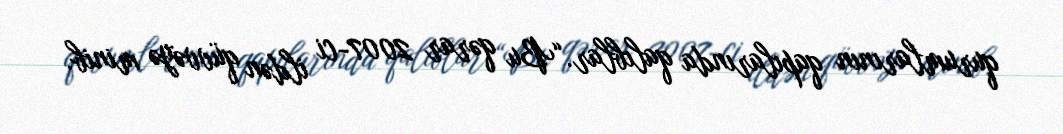
qurumlarının qapılarında qalıblar.“Bu qərar 2007-ci ildən qüvvəyə minib.